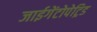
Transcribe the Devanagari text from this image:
जाईगेंटोपेट्रिड